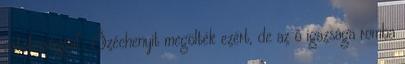
ostobasággal”. Széchenyit megölték ezért, de az ő igazsága romba